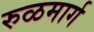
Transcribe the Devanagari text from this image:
रुळमार्ग